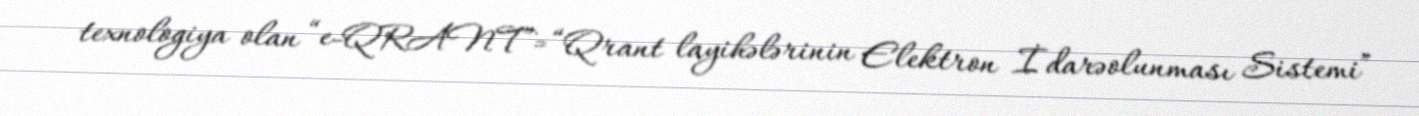
texnologiya olan “e-QRANT”=“Qrant layihələrinin Elektron İdarəolunması Sistemi”